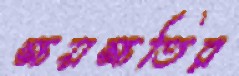
ক্ষয়ক্ষতির